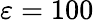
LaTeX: \varepsilon=100